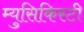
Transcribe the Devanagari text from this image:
म्युसिकिस्टी